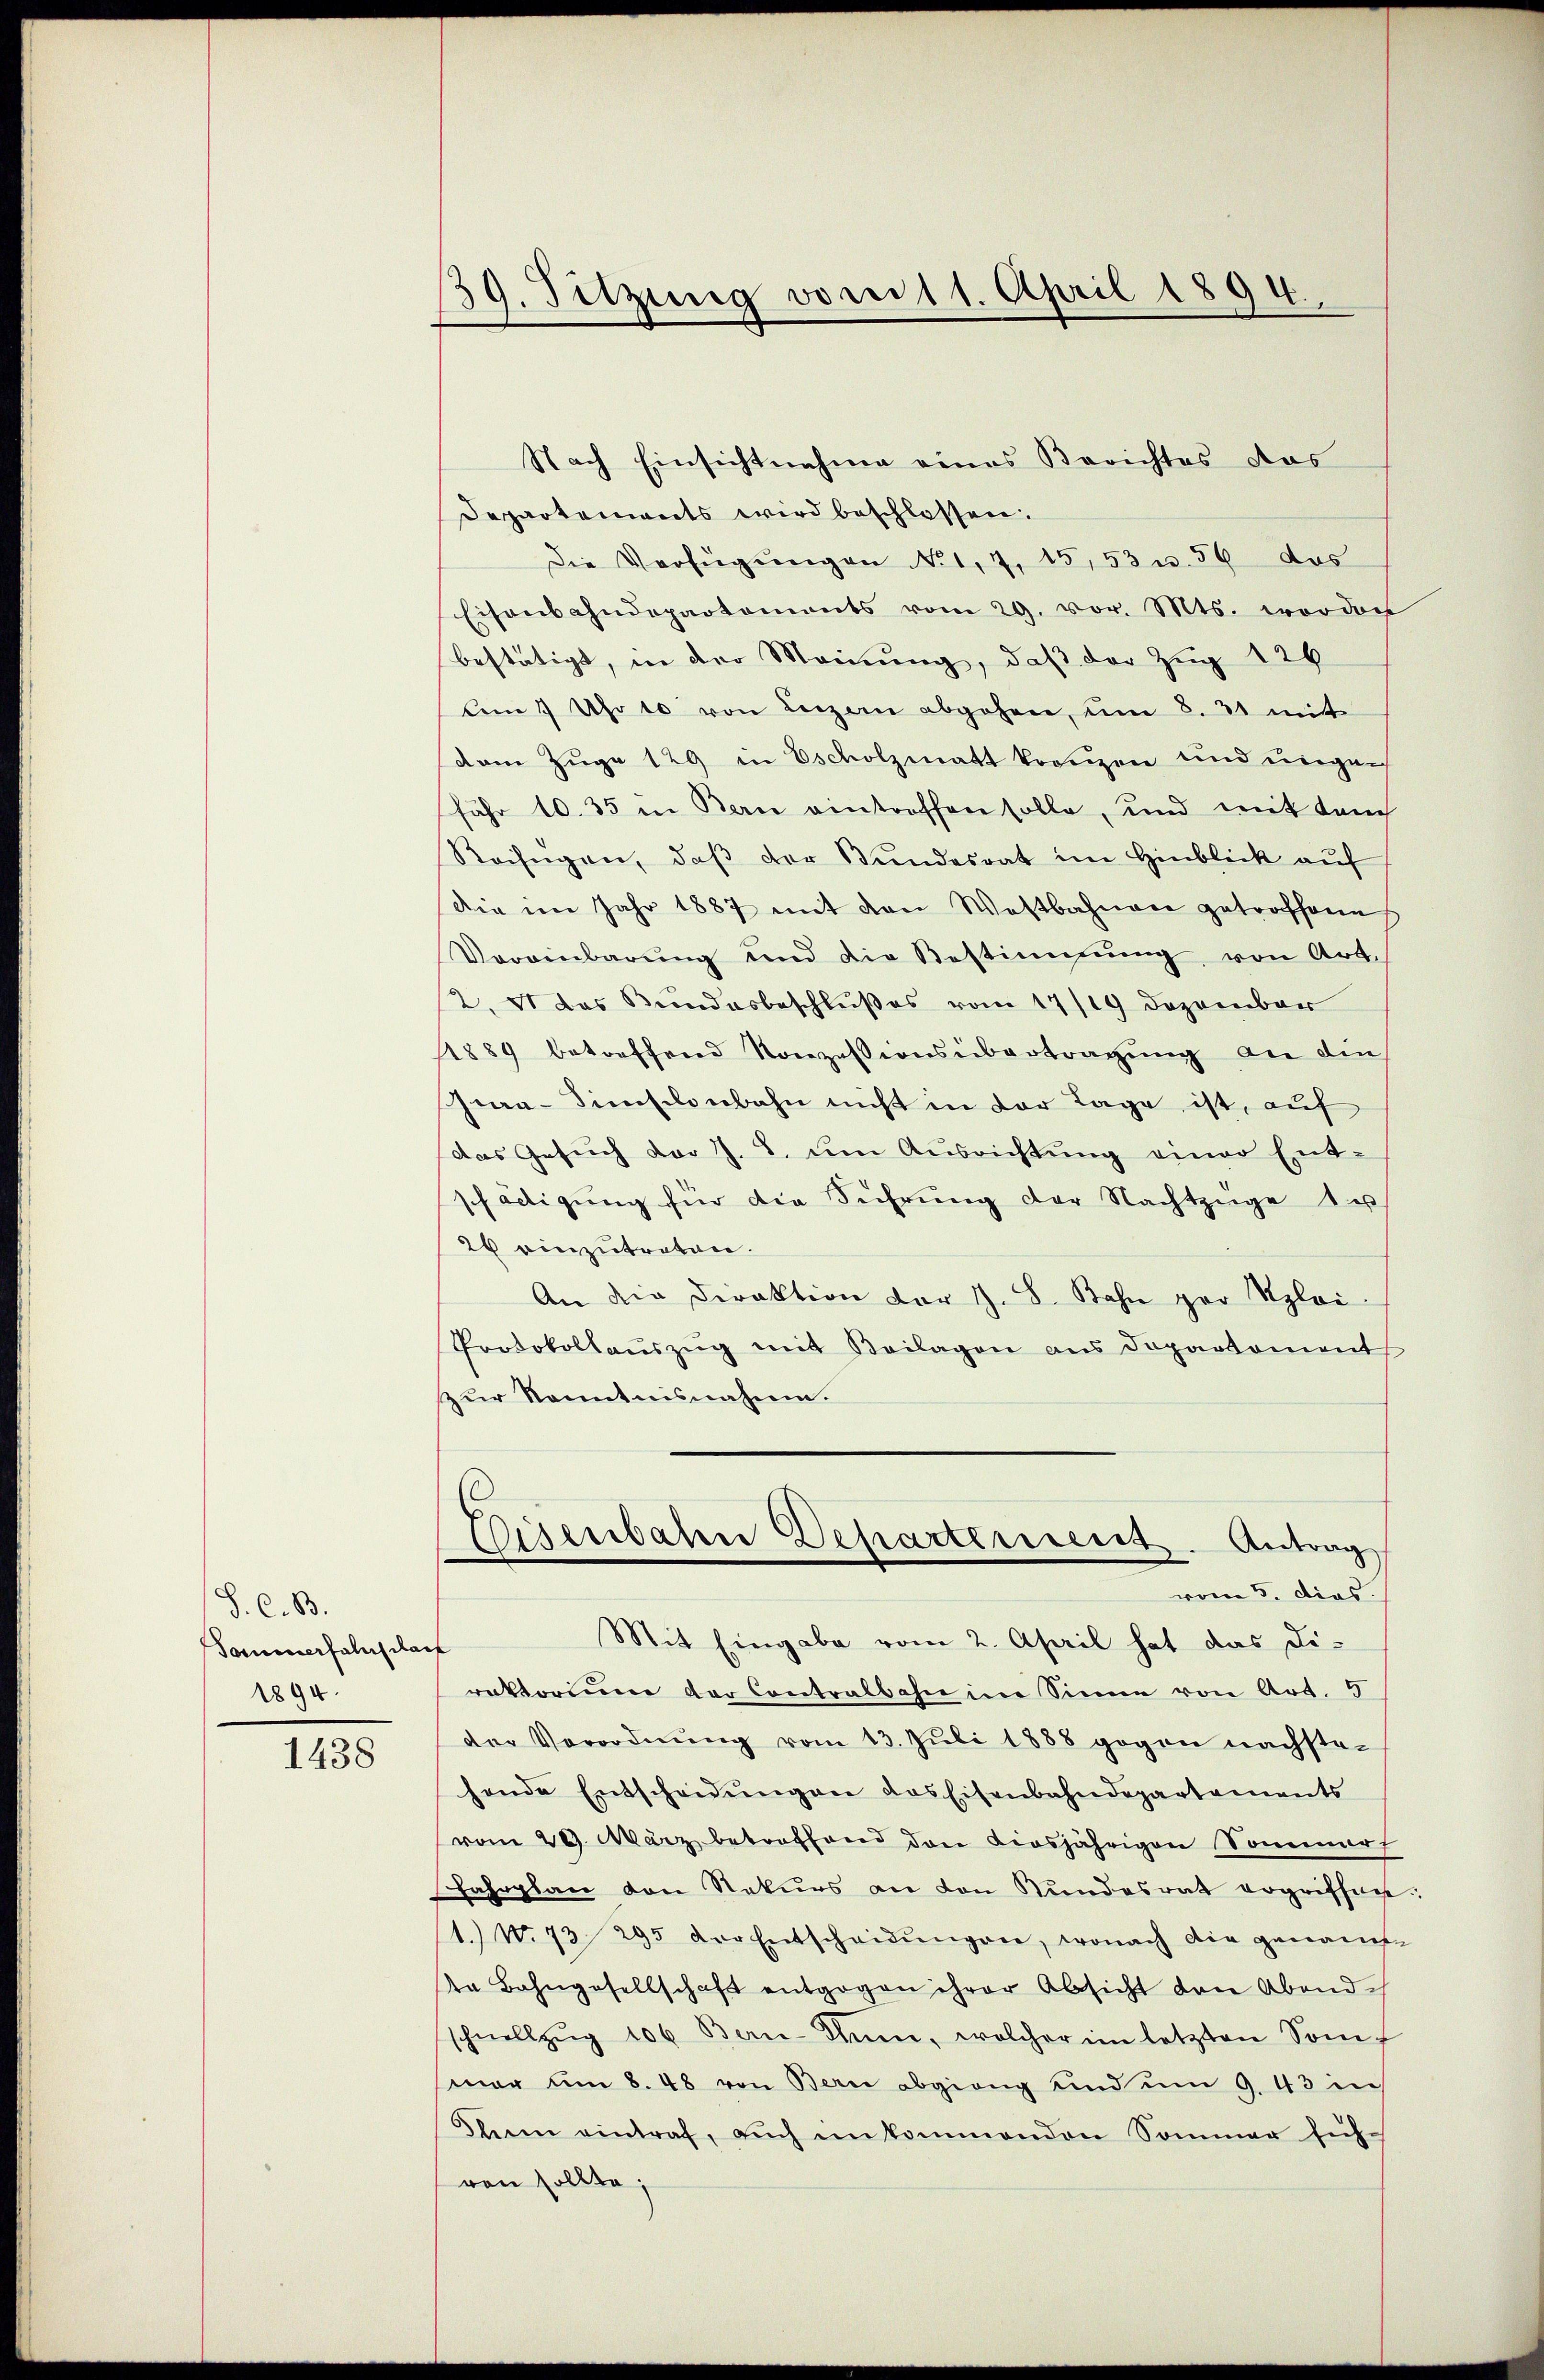
S. C. B.
Saminerfalusilait
1894.

1438

39. Sitzung vom 11. April 1894.

Nach Einsichtnahme eines Berichtes das
Departements wird beschlossen.
Die Verfügŭngen No 1, 7, 15, 53 u. 56 das
Eisenbahndepartements vom 29. vor. Mts. worden
bestätigt, in der Meinung, daß der Zug 126
Um 7 Uhr to von Luzern abgehen, um 8. 31 mit
dam Zuge 129 in Escholzmatt konzen und ungen
fähr 10. 35 in Bern eintreffen solle, und mit Lauch
Beifügen, daβ der Bundesrat im Hinblick auf
die im Jahr 1887 mit den Wostbahnen getroffene
Vereinbarŭng und die Bestimmung, von Art.
2. et das Bundesbeschlußes vom 17/19 Dezember
1889 betreffend Konzessionsübertragung an die
Zia-Simsilonbahn nicht in der Lage ist, auf
das Gesuch der J. B. um Ausrichtung einer Ent-
schädigŭng für die Führŭng der Nachtzüge zu
26 einzutreten.
An die Direktion der J. S. Bahn par Aloi
Protokollaŭszŭg mit Beilagen ans Departement
zur Kenntnisnahme.
Eisenbaten Departerient. Antrag
vom 5. dies
Mit Eingabe vom 2. April hat das Direktorium der Contralbahn im Sinne von Art. 5
der Verordnŭng vom 13. Jŭli 1888 gegen nachste-
hende Entscheidungen das Eisenbahndepartements
vom 29. März betroffend den diesjährigen Sommerf
Jahrplan den Rekurs an den Kundesrat ergriffen.
1.) N. 73 295 der Entscheidŭngen, wonach die genante
ta Bahngesellschaft entgegen ihrer Absicht von Abends
schnellzŭg 106 Bern-Thine, welcher im letzten Somf
mar am 8. 48 von Bern abgieng und um 9. 43 in
dlein eintraf, aŭch inkommenden Sommer sich
von sollte;